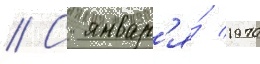
// С январ'я́ 1970